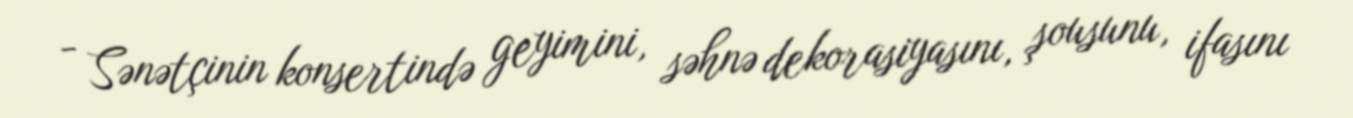
- Sənətçinin konsertində geyimini, səhnə dekorasiyasını, şousunu, ifasını